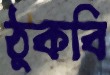
ঠুকবি